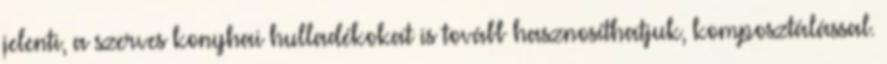
jelenti, a szerves konyhai hulladékokat is tovább hasznosíthatjuk, komposztálással.